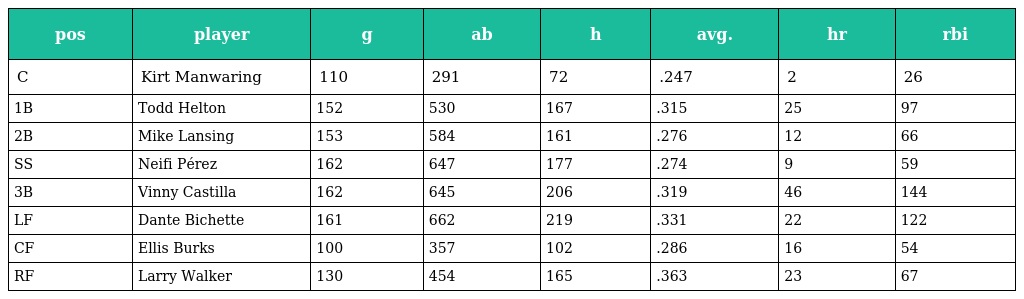
| pos | player | g | ab | h | avg. | hr | rbi |
 | --- | --- | --- | --- | --- | --- | --- | --- |
 | C | Kirt Manwaring | 110 | 291 | 72 | .247 | 2 | 26 |
 | 1B | Todd Helton | 152 | 530 | 167 | .315 | 25 | 97 |
 | 2B | Mike Lansing | 153 | 584 | 161 | .276 | 12 | 66 |
 | SS | Neifi Pérez | 162 | 647 | 177 | .274 | 9 | 59 |
 | 3B | Vinny Castilla | 162 | 645 | 206 | .319 | 46 | 144 |
 | LF | Dante Bichette | 161 | 662 | 219 | .331 | 22 | 122 |
 | CF | Ellis Burks | 100 | 357 | 102 | .286 | 16 | 54 |
 | RF | Larry Walker | 130 | 454 | 165 | .363 | 23 | 67 |